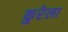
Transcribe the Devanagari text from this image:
कुरेला